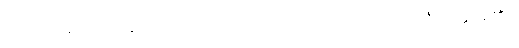
အကြင်အရပ်၌။ ဣသိဂိလိပဿ၊ ဣသိဂိလိ တောင်ယံသည်။ (အတ္ထိ၊ ရှိ၏။)